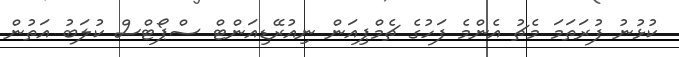
ކުޅުނު ފުރަތަމަ މެޗު އެންމެ ފަހުގެ ޗެމްޕިއަން ނިއުރޭޑިއަންޓް ސްޕޯޓްސް ކުލަބު އަތުން